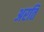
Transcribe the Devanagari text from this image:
अरति